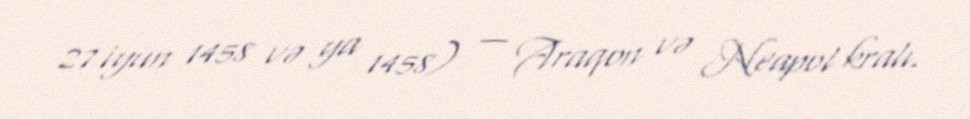
27 iyun 1458 və ya 1458) — Araqon və Neapol kralı.